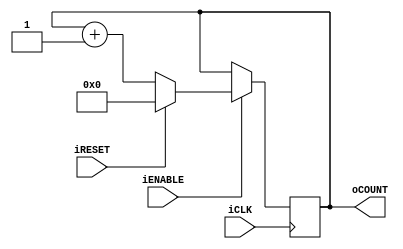
module counter( iCLK, iRESET, iENABLE, oCOUNT );

   input wire iCLK;
   input wire iRESET;
   input wire iENABLE;
   output reg[31:0] oCOUNT;
      
   initial oCOUNT = 0;
   
   always @(posedge iCLK) 
   begin
      if( iENABLE == 1 ) begin
         if( iRESET == 1 )
            oCOUNT = 0;
         else
            oCOUNT = oCOUNT + 1;
      end
   end
   
endmodule